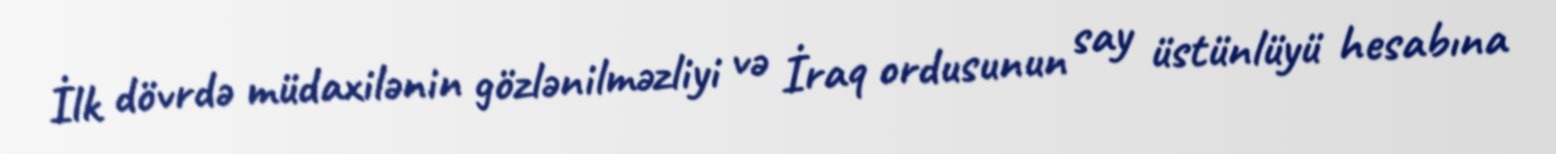
İlk dövrdə müdaxilənin gözlənilməzliyi və İraq ordusunun say üstünlüyü hesabına